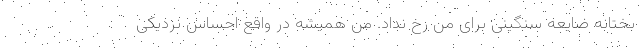
بختانه ضایعه سنگینی برای من رخ نداد. من همیشه در واقع احساس نزدیکی